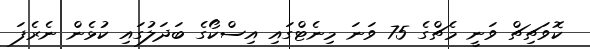
ކޮވަޗިޗް ވަނީ މެޗްގެ 75 ވަނަ މިނެޓްގައި އިސްކޯގެ ބަދަލުގައި ކުޅެން ނެރެފަ